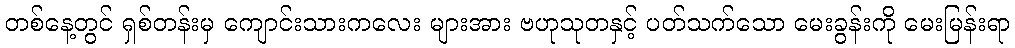
တစ်နေ့တွင် ရှစ်တန်းမှ ကျောင်းသားကလေး များအား ဗဟုသုတနှင့် ပတ်သက်သော မေးခွန်းကို မေးမြန်းရာ